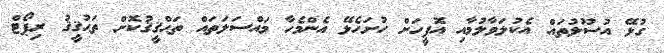
ގުޅޭ އުސޫލުތައް އެކުލަވާލުމާއި އޮފީހަށް ހުށަހެޅޭ އެންމެހާ މައްސަލަތައް ތަޙްޤީޤުކޮށް ތަޙުޤީޤު ރިޕޯޓް